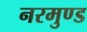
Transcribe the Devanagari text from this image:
नरमुण्ड